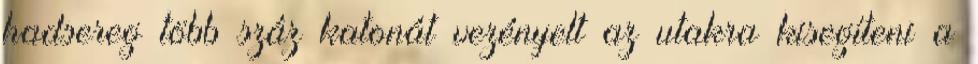
hadsereg több száz katonát vezényelt az utakra kisegíteni a